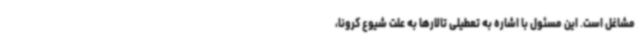
مشاغل است. این مسئول با اشاره به تعطیلی تالارها به علت شیوع کرونا،